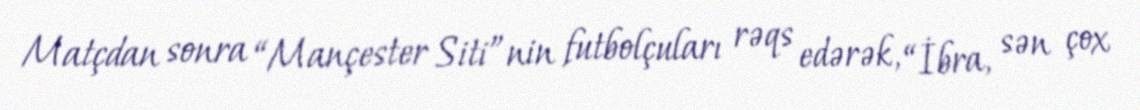
Matçdan sonra “Mançester Siti”nin futbolçuları rəqs edərək, “İbra, sən çox